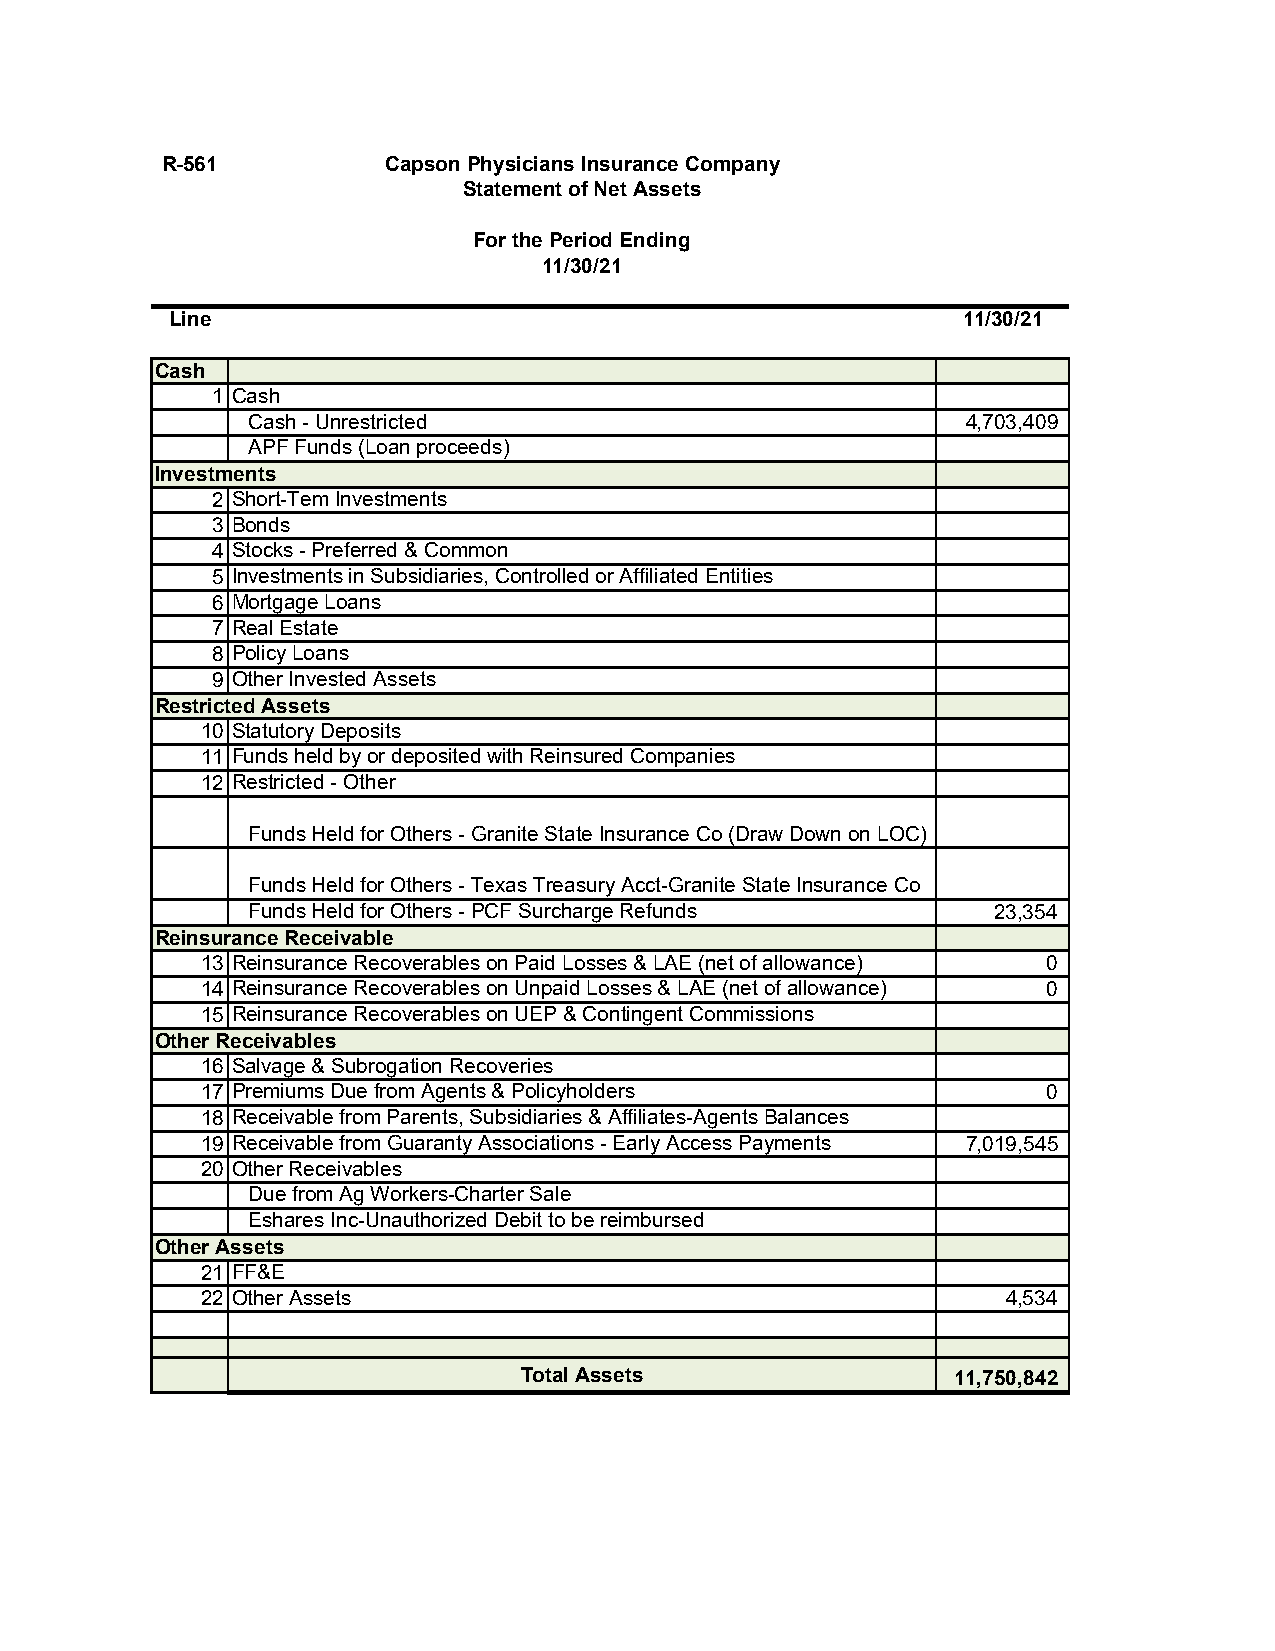
R-561          Capson Physicians Insurance Company
 Statement of Net Assets
 For the Period Ending
 11/30/21
 Line                                                 11/30/21
 Cash
 1 Cash
 Cash - Unrestricted                             4,703,409
 APF Funds (Loan proceeds)
 Investments
 2 Short-Tem Investments
 3 Bonds
 4 Stocks - Preferred & Common
 5 Investments in Subsidiaries, Controlled or Affiliated Entities
 6 Mortgage Loans
 7 Real Estate
 8 Policy Loans
 9 Other Invested Assets
 Restricted Assets
 10 Statutory Deposits
 11 Funds held by or deposited with Reinsured Companies
 12 Restricted - Other
 Funds Held for Others - Granite State Insurance Co (Draw Down on LOC)
 Funds Held for Others - Texas Treasury Acct-Granite State Insurance Co
 Funds Held for Others - PCF Surcharge Refunds     23,354
 Reinsurance Receivable
 13 Reinsurance Recoverables on Paid Losses & LAE (net of allowance) 0
 14 Reinsurance Recoverables on Unpaid Losses & LAE (net of allowance) 0
 15 Reinsurance Recoverables on UEP & Contingent Commissions
 Other Receivables
 16 Salvage & Subrogation Recoveries
 17 Premiums Due from Agents & Policyholders             0
 18 Receivable from Parents, Subsidiaries & Affiliates-Agents Balances
 19 Receivable from Guaranty Associations - Early Access Payments 7,019,545
 20 Other Receivables
 Due from Ag Workers-Charter Sale
 Eshares Inc-Unauthorized Debit to be reimbursed
 Other Assets
 21 FF&E
 22 Other Assets                                       4,534
 Total Assets                 11,750,842